Rangoon Lunatic Asylum 1878-1892 - 1878-1892
Year: 1878
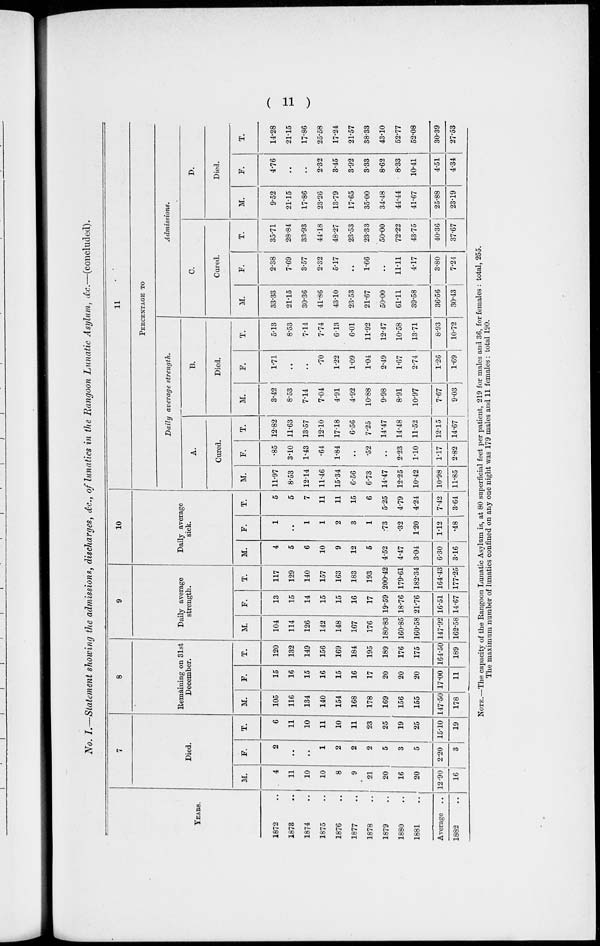
( 11 )
No. I.—Statement showing the admissions, discharges, &c., of lunatics in the Rangoon Lunatic Asylum, &c.—(concluded).
YEARS.
1872 ..
1873 ..
1874 ..
1875 ..
1876 ..
1877 ..
1878 ..
1879 ..
1880 ..
1881
..
Average
1882 ..
7
Died.
M.
4
11
10
10
8
9
21
20
16
20
12.90
16
F.
2
..
..
1
2
2
2
5
3
5
2.20
3
T.
6
11
10
11
10
11
23
25
19
25
15.10
19
8
Remaining on 31st
December.
M.
105
116
134
140
154
168
178
169
156
155
147.50
178
F.
15
16
15
16
15
16
17
20
20
20
17.00
11
T.
120
132
149
156
169
184
195
189
176
175
164.50
189
9
Daily average
strength.
M.
104
114
126
142
148
167
176
180.83
160.85
160.58
147.92
162.58
F.
13
15
14
15
15
16
17
19.59
18.76
21.76
16.51
14.67
T.
117
129
140
157
163
183
193
200.42
179.61
182.34
164.43
177.25
10
Daily average
sick.
M.
4
5
6
10
9
12
5
4.52
4.47
3.04
6.30
3.16
F.
1
..
1
1
2
3
1
.73
.32
1.20
1.12
.48
T.
5
5
7
11
11
15
6
5.25
4.79
4.24
7.42
3.64
11
PERCENTAGE TO
Daily average strength.
A.
Cured.
M.
11.97
8.53
12.14
11.46
15.34
6.56
6.73
14.47
12.25
10.42
10.98
11.85
F.
.85
3.10
1.43
.64
1.84
..
.52
..
2.23
1.10
1.17
2.82
T.
12.82
11.63
13.57
12.10
17.18
6.56
7.25
14.47
14.48
11.52
12.15
14.67
B.
Died.
M.
3.42
8.53
7.14
7.04
4.91
4.92
10.88
9.98
8.91
10.97
7.67
9.03
F.
1.71
..
..
.70
1.22
1.09
1.04
2.49
1.67
2.74
1.26
1.69
T.
5.13
8.53
7.14
7.74
6.13
6.01
11.92
12.47
10.58
13.71
8.93
10.72
Admissions.
C.
Cured.
M.
33.33
21.15
30.36
41.86
43.10
23.53
21.67
50.00
61.11
39.58
36.56
30.43
F.
2.38
7.69
3.57
2.32
5.17
..
1.66
..
11.11
4.17
3.80
7.24
T.
35.71
28.84
33.93
44.18
48.27
23.53
23.33
50.00
72.22
43.75
40.36
37.67
D.
Died.
M.
9.52
21.15
17.86
23.26
13.79
17.65
35.00
34.48
44.44
41.67
25.88
23.19
F.
4.76
..
..
2.32
3.45
3.92
3.33
8.62
8.33
10.41
4.51
4.34
T.
14.28
21.15
17.86
25.58
17.24
21.57
38.33
43.10
52.77
52.08
30.39
27.53
NOTE.—The capacity of the Rangoon Lunatic Asylum is, at 80 superficial feet per patient, 219 for males and 36, for females : total, 255.
The maximum number of lunatics confined on any one night was 179 males and 11 females : total 190.